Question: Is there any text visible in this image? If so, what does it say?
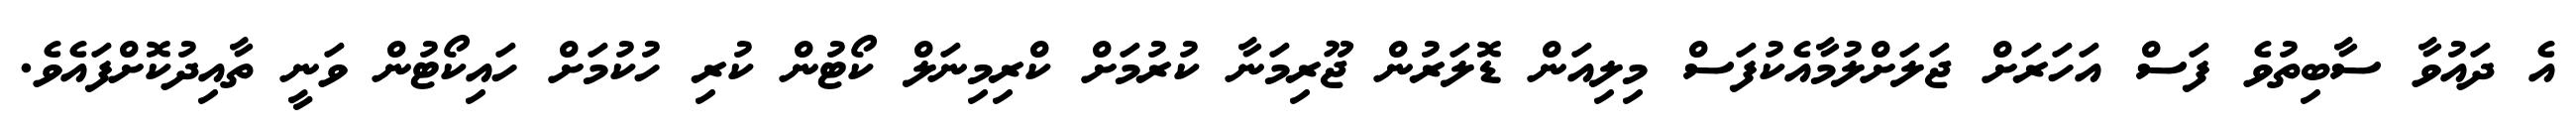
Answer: އެ ދައުވާ ސާބިތުވެ ފަސް އަހަރަށް ޖަލަށްލުމާއެކުފަސް މިލިއަން ޑޮލަރުން ޖޫރިމަނާ ކުރުމަށް ކްރިމިނަލް ކޯޓުން ކުރި ހުކުމަށް ހައިކޯޓުން ވަނީ ތާއިދުކޮށްފައެވެ.